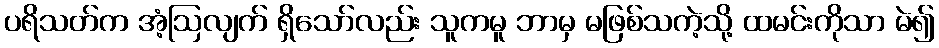
ပရိသတ်က အံ့ဩလျက် ရှိသော်လည်း သူကမူ ဘာမှ မဖြစ်သကဲ့သို့ ထမင်းကိုသာ မဲ၍